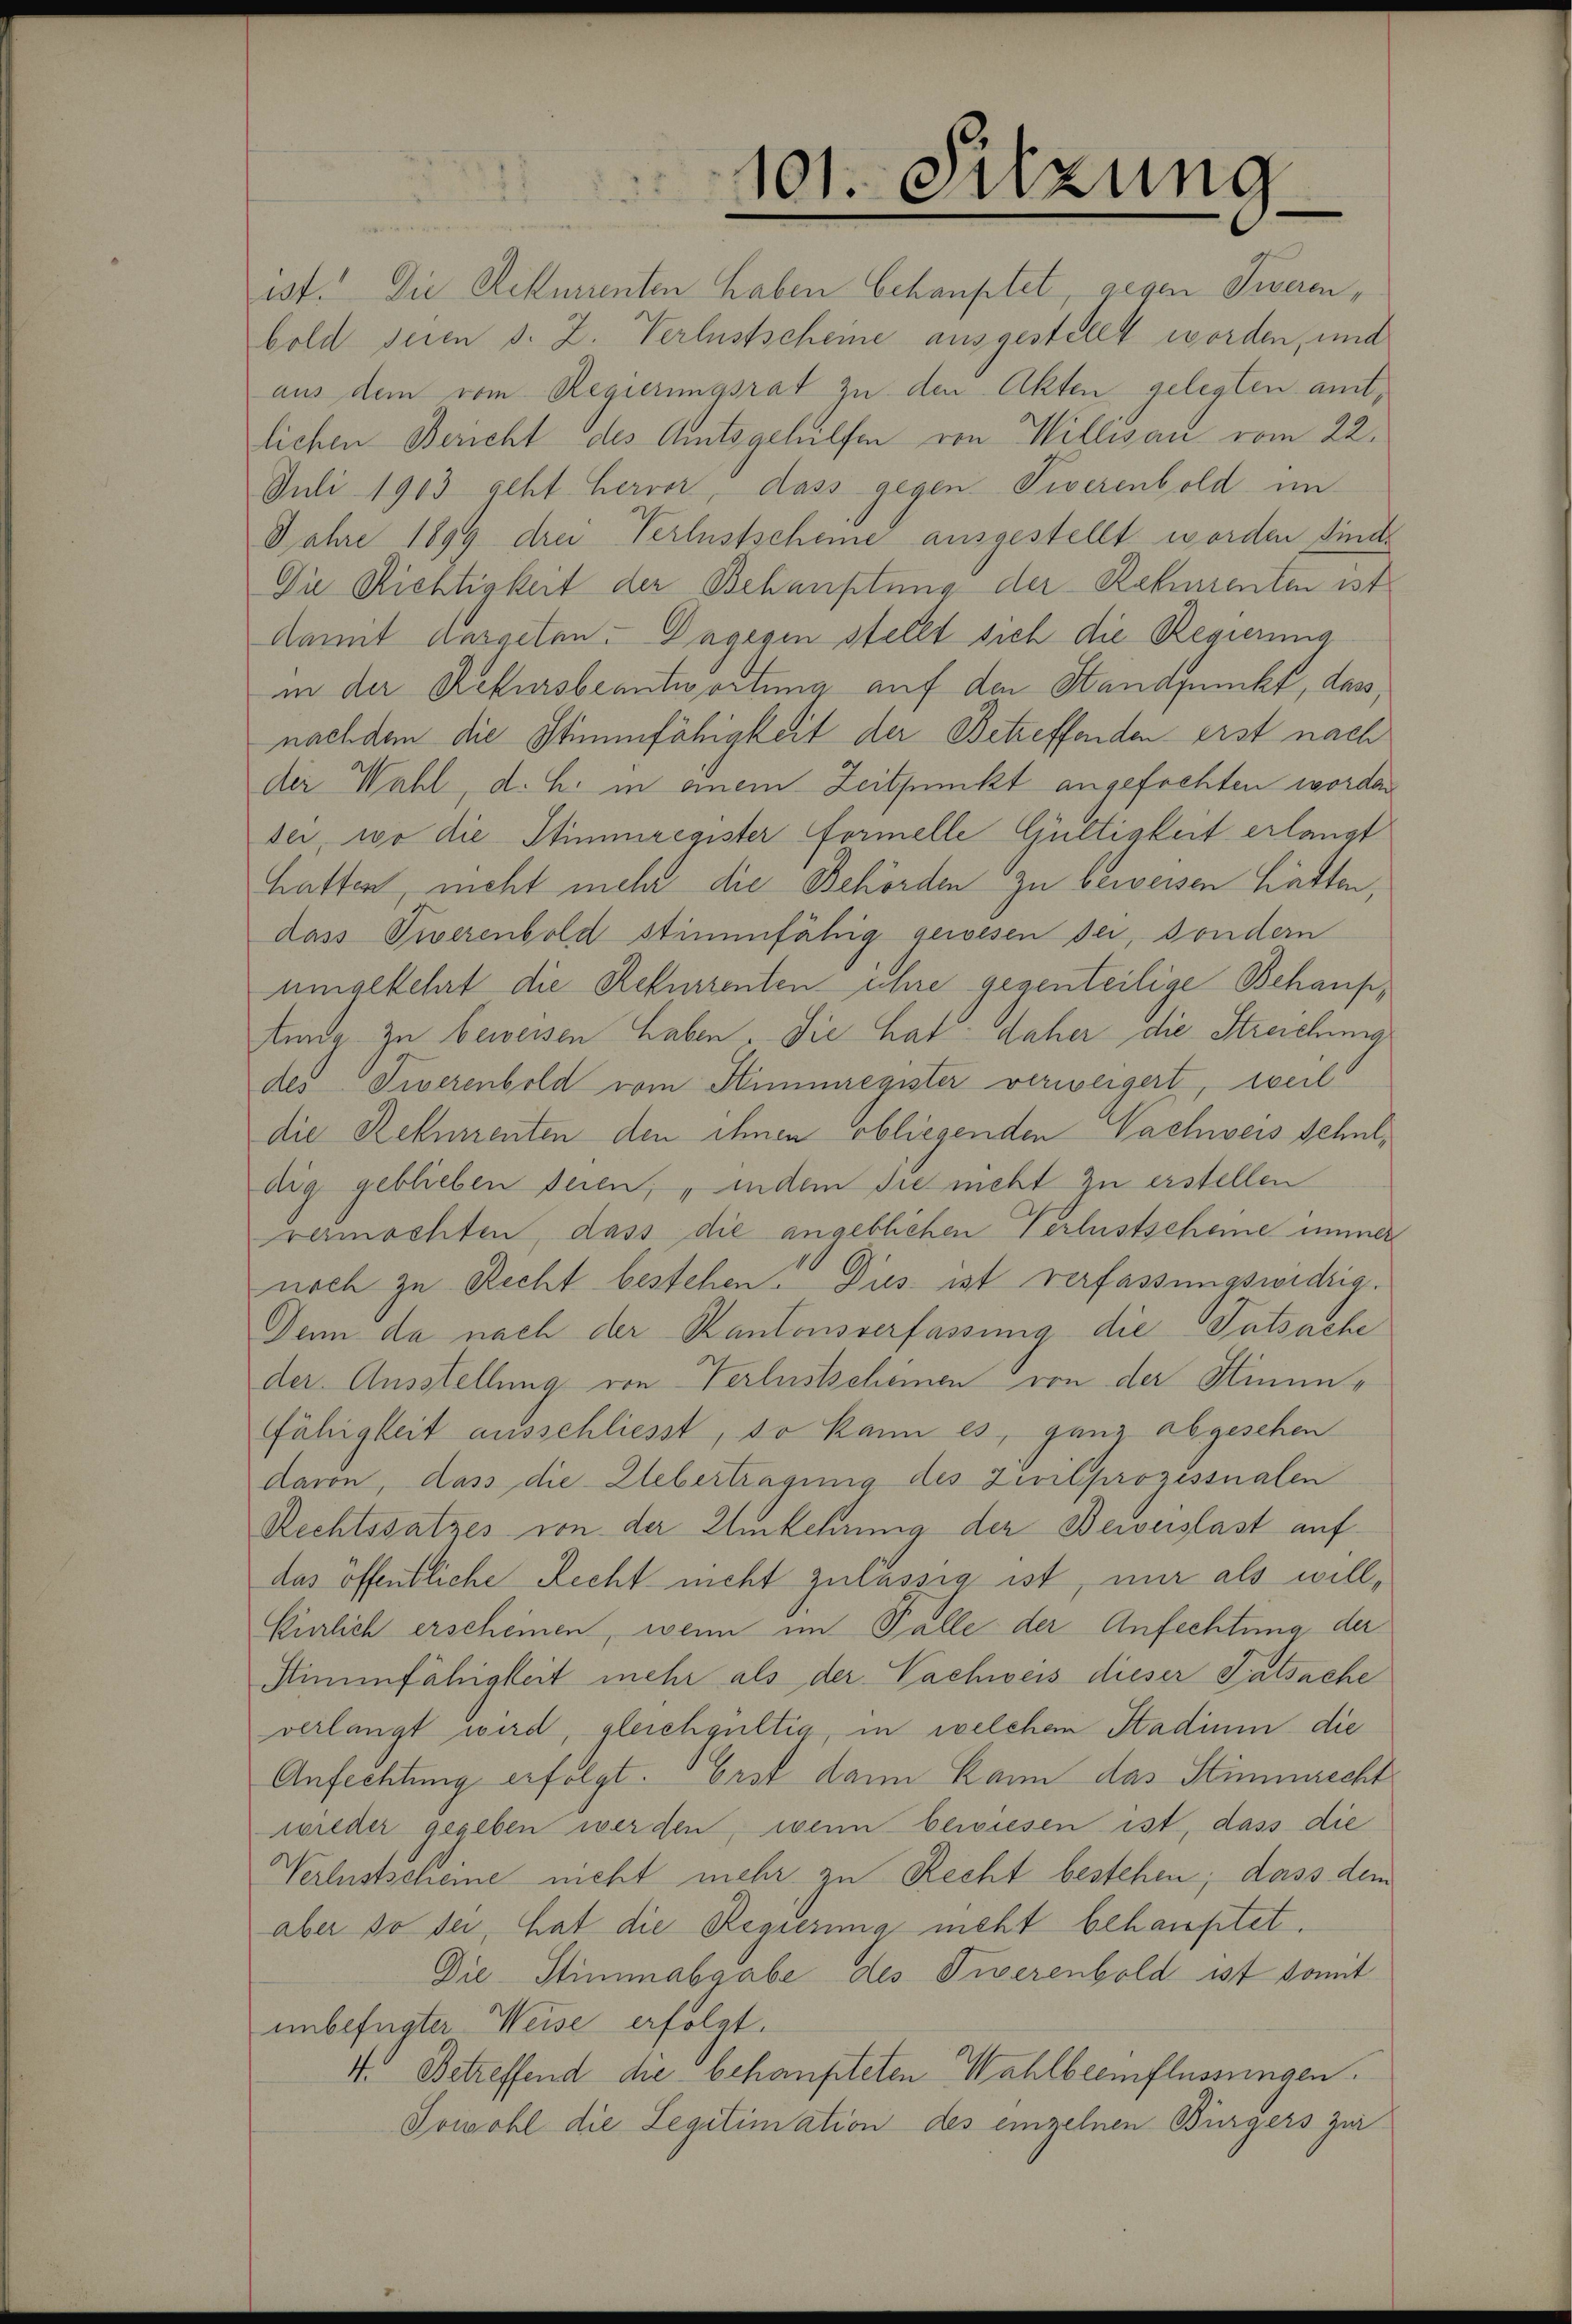
Juli 1903 geht hervor, dass gegen Siverenbold im
sei, wo die Stimmregister formelle Gültigkeit erlangt
dass Tiberenbold stimmfähig gewesen der, sondern
dig geblieben seien, indem sie nicht zu erstellen
davon, dass die Uebertragung des Zivilprozessualen

101. Sitzung

ist. Die Rittmenten haben behauptet, gegen Tierenbold seien s. Z. Verlustscheine ausgestellt worden, und
aus dem vom Regierungsrat zu den Akten gelegten amtlichen Bericht des Amtsgehilfen von Willisau vom 22.
Jahre 1899 drei Verlustscheine ausgestellt worden sind.
Die Richtigkeit der Behauptung der Rehmenten ist
damit dasseten. Dagegen stellt sich die Regierung
in der Rekursbeantwortung auf den Standpunckt, dass,
nach dem die Stimmfähigkeit der Betreffenden erst nach
der Wahl, d. h. in einem Zeitpunkt angefochten worden
hatten, nicht mehr die Behörden zu beweisen hatten,
uingekehrt die Rekurrenten ihre gegenteilige Behauptung zu beweisen haben die hat daher die Streichung
des Tierenbold vom Himmregister verweigert, weil
die Rehmenten den ihnen obliegenden Nachweis Schulrermochten, dass die angeblichen Verlustscheine immer
noch zu Recht bestehen. Dies ist verfassungswidrig
Denn da nach der Kantonsverfassung die Tatsache
der Ausstellung von Ferlustscheinen von der Hinunfähigkeit ausschliesst, so kann es, ganz abgesehen
Rechtssatzes von der Umkehrung der Beweislast aufdas öffentliche Recht nicht zulässig ist, nur als will,
Einlich erscheinen, wenn im Falle der Anfechtung der
Mimmfähigkeit mehr als der Nachweis dieser Tatsache
verlangt wird, gleichgültig, in welchen Stadium die
Anfechtung erfolgt. Erst dann kann das Stimmrecht
wieder gegeben werden, wenn bewiesen ist, dass die
Verlustscheine nicht mehr zu Recht bestehen; dass dem
aber so sei, hat die Regierung nicht behauptet.
Die Stimmabgabe des Tierenbold ist somit
unbefugter Weise erfolgt.
4. Betreffend die behaupteten Wahlbeeinflüssungen.
Sowohl die Legitimation des einzelnen Bürgers zur